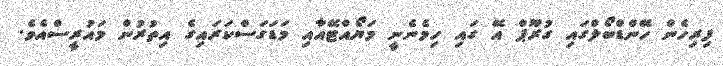
ފިރިހެން ހޭންޑްބޯލްގައި ގުރޫޕް އޭ ގައި ހިމެނެނީ މަޔޯއްޓޭއާއި މަޑަގަސްކަރައިގެ އިތުރުން މައުރީސްއެވެ.